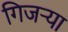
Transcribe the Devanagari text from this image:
गिजऱ्या